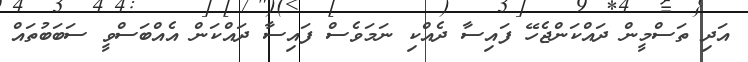
އަދި ތަސްމީން ދައްކަންޖެހޭ ފައިސާ ދެއްކި ނަމަވެސް ފައިސާ ދައްކަން އެއްބަސްވީ ސަބަބުތައް